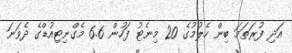
އަދި ފުރަތަމަ ބިން ހެލުމުގެ 20 މިނެޓު ފަހުން 6.6 މެގްނިޓިއުޑްގެ ދެވަނަ